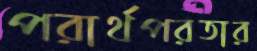
পরার্থপরতার